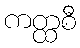
ကတ္ထစီ